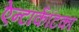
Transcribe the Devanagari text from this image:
ऐन्टार्कटिका